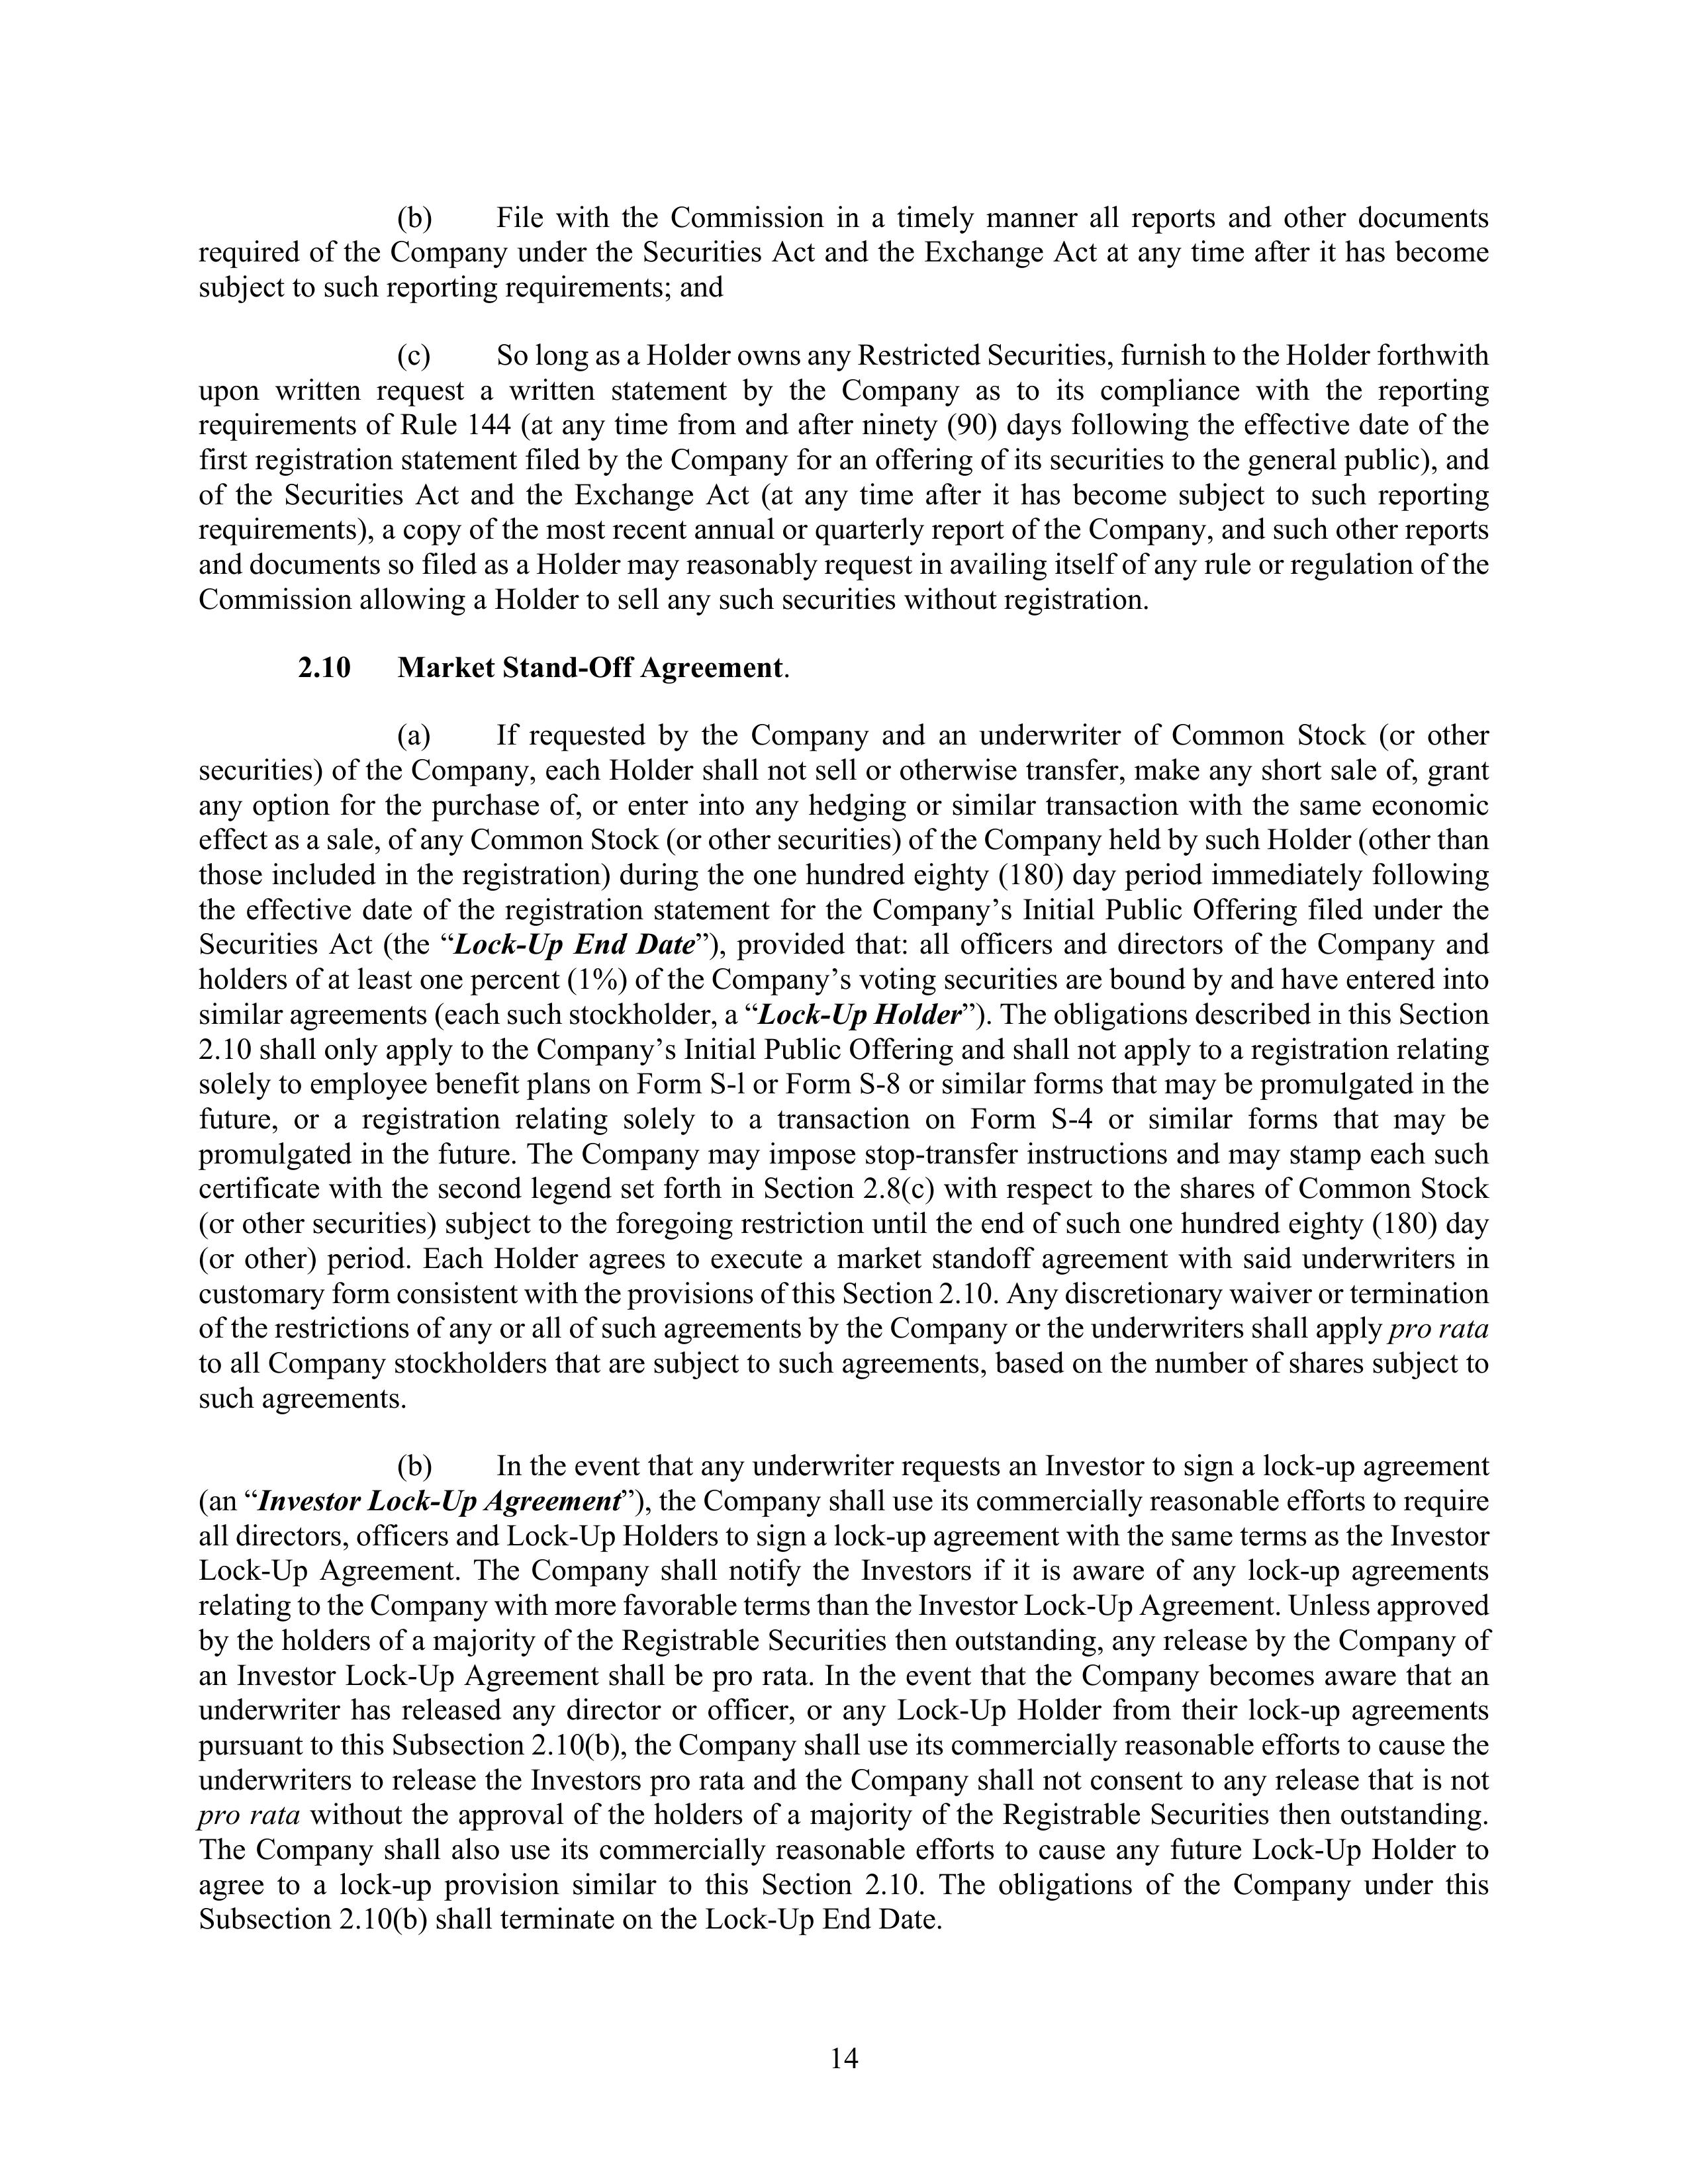
(b) File with the Commission in a timely manner all reports and other documents required of the Company under the Securities Act and the Exchange Act at any time after it has become subject to such reporting requirements; and

(c) So long as a Holder owns any Restricted Securities, furnish to the Holder forthwith upon written request a written statement by the Company as to its compliance with the reporting requirements of Rule 144 (at any time from and after ninety (90) days following the effective date of the first registration statement filed by the Company for an offering of its securities to the general public), and of the Securities Act and the Exchange Act (at any time after it has become subject to such reporting requirements), a copy of the most recent annual or quarterly report of the Company, and such other reports and documents so filed as a Holder may reasonably request in availing itself of any rule or regulation of the Commission allowing a Holder to sell any such securities without registration.

2.10 Market Stand-Off Agreement.

(a) If requested by the Company and an underwriter of Common Stock (or other securities) of the Company, each Holder shall not sell or otherwise transfer, make any short sale of, grant any option for the purchase of, or enter into any hedging or similar transaction with the same economic effect as a sale, of any Common Stock (or other securities) of the Company held by such Holder (other than those included in the registration) during the one hundred eighty (180) day period immediately following the effective date of the registration statement for the Company's Initial Public Offering filed under the Securities Act (the "Lock-Up End Date"), provided that: all officers and directors of the Company and holders of at least one percent (1%) of the Company's voting securities are bound by and have entered into similar agreements (each such stockholder, a "Lock-Up Holder"). The obligations described in this Section 2.10 shall only apply to the Company's Initial Public Offering and shall not apply to a registration relating solely to employee benefit plans on Form S-l or Form S-8 or similar forms that may be promulgated in the future, or a registration relating solely to a transaction on Form S-4 or similar forms that may be promulgated in the future. The Company may impose stop-transfer instructions and may stamp each such certificate with the second legend set forth in Section 2.8(c) with respect to the shares of Common Stock (or other securities) subject to the foregoing restriction until the end of such one hundred eighty (180) day (or other) period. Each Holder agrees to execute a market standoff agreement with said underwriters in customary form consistent with the provisions of this Section 2.10. Any discretionary waiver or termination of the restrictions of any or all of such agreements by the Company or the underwriters shall apply pro rata to all Company stockholders that are subject to such agreements, based on the number of shares subject to such agreements.

(b) In the event that any underwriter requests an Investor to sign a lock-up agreement (an "Investor Lock-Up Agreement"), the Company shall use its commercially reasonable efforts to require all directors, officers and Lock-Up Holders to sign a lock-up agreement with the same terms as the Investor Lock-Up Agreement. The Company shall notify the Investors if it is aware of any lock-up agreements relating to the Company with more favorable terms than the Investor Lock-Up Agreement. Unless approved by the holders of a majority of the Registrable Securities then outstanding, any release by the Company of an Investor Lock-Up Agreement shall be pro rata. In the event that the Company becomes aware that an underwriter has released any director or officer, or any Lock-Up Holder from their lock-up agreements pursuant to this Subsection 2.10(b), the Company shall use its commercially reasonable efforts to cause the underwriters to release the Investors pro rata and the Company shall not consent to any release that is not pro rata without the approval of the holders of a majority of the Registrable Securities then outstanding. The Company shall also use its commercially reasonable efforts to cause any future Lock-Up Holder to agree to a lock-up provision similar to this Section 2.10. The obligations of the Company under this Subsection 2.10(b) shall terminate on the Lock-Up End Date.

14